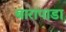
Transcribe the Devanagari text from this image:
बारापाडा